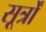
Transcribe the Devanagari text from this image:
सूर्त्रों